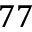
7 7